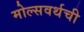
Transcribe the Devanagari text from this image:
मोल्सवर्थची